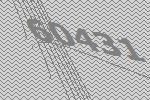
60431